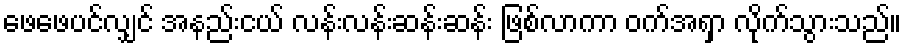
ဖေဖေပင်လျှင် အနည်းငယ် လန်းလန်းဆန်းဆန်း ဖြစ်လာကာ ဝက်အရှာ လိုက်သွားသည်။